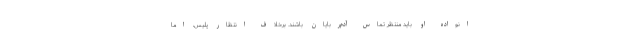
انواده او باید منتظر تماس آدم‌ربایان باشند. برخلاف انتظار پلیس، اما